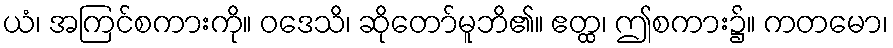
ယံ၊ အကြင်စကားကို။ ဝဒေသိ၊ ဆိုတော်မူဘိ၏။ ဧတ္ထ၊ ဤစကား၌။ ကတမော၊